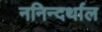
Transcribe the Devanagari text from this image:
ननिन्दर्थाल